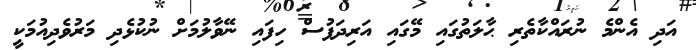
އަދި އެންމެ ނުރައްކާތެރި ޙާލަތުގައި މޭގައި އަރިދަފުސް ހިފައި ނޭވާލުމަށް ނުކުޅެދި މަރުވެދިއުމަކީ